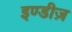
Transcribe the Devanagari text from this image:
इण्डीज़